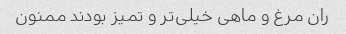
ران مرغ و ماهی خیلی‌تر و تمیز بودند ممنون